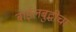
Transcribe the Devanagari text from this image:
बाईलबुद्धीचा